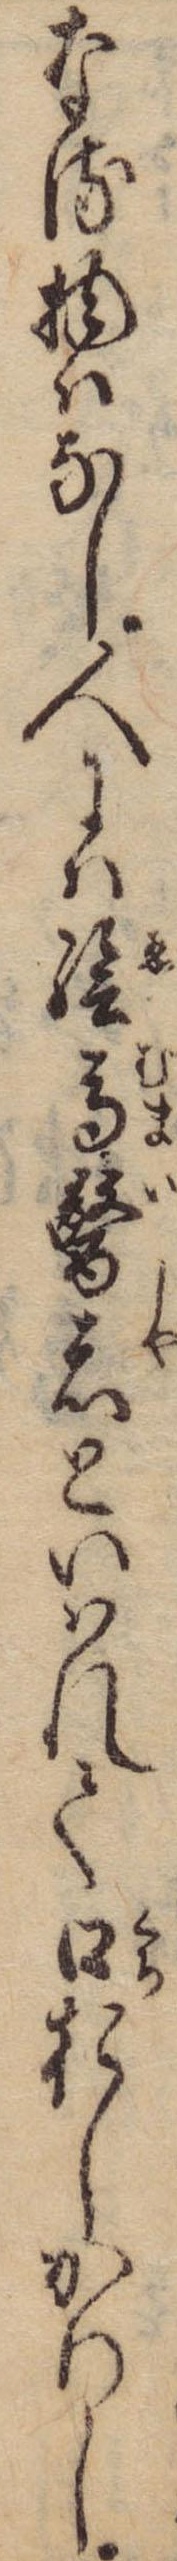
なる物はなし人には絵馬医者といはれて口おしかりし